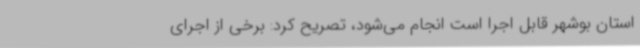
استان بوشهر قابل اجرا است انجام می‌شود، تصریح کرد: برخی از اجرای